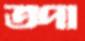
তপা